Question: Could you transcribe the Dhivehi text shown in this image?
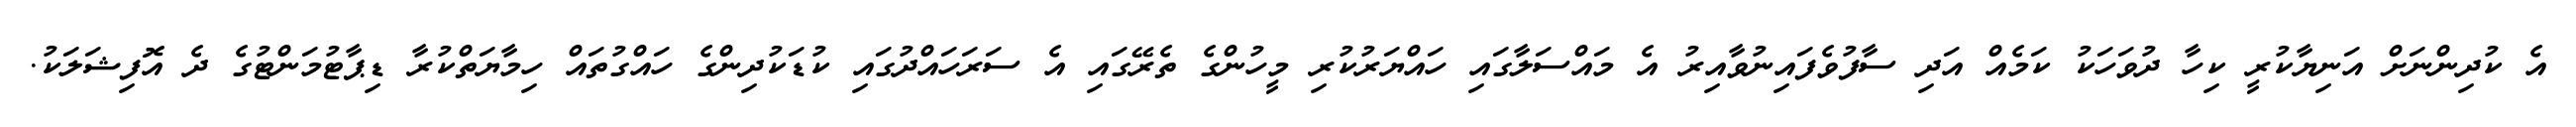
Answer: އެ ކުދިންނަށް އަނިޔާކުރީ ކިހާ ދުވަހަކު ކަމެއް އަދި ސާފުވެފައިނުވާއިރު އެ މައްސަލާގައި ހައްޔަރުކުރި މީހުންގެ ތެރޭގައި އެ ސަރަހައްދުގައި ކުޑަކުދިންގެ ހައްގުތައް ހިމާޔަތްކުރާ ޑިޕާޓުމަންޓުގެ ދެ އޮފިޝަލަކު.